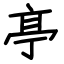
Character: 𠅘